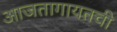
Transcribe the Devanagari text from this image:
आजतागायतची